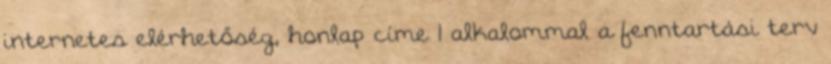
internetes elérhetőség, honlap címe 1 alkalommal a fenntartási terv